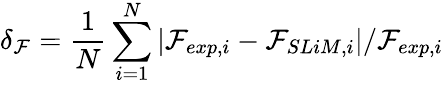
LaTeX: \delta_{\mathcal{F}}=\frac{{1}}{{N}}\sum_{i=1}^{N}|\mathcal{F}_{exp,i}-\mathcal{F}_{SLiM,i}|/\mathcal{F}_{exp,i}